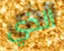
الذي